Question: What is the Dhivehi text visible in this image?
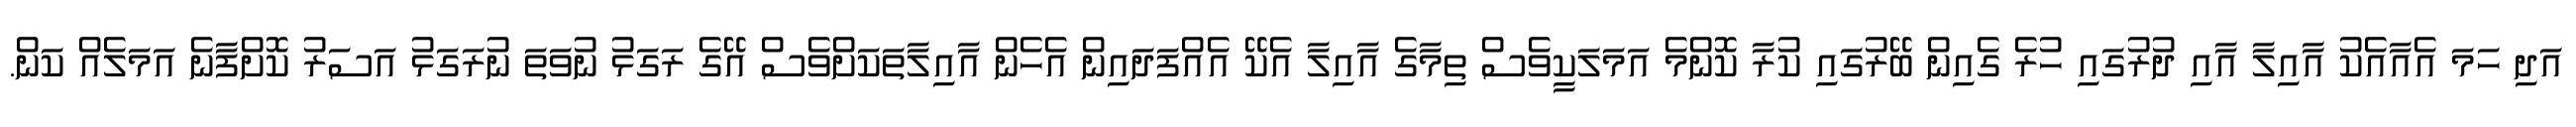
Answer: އަދި ހަމަ އެއާއެކު އާއިލާ އާއި ދުރުގައި ހުރެ ގެއިން ބޭރުގައި ކުރާ ކޮންމެ އަމަލަކީވެސް ތިމާގެ އާއިލާ އެކޭ އެއްފަދައިން އެހެން އާއިލާތަކަށްވެސް އޭގެ ރަގަޅު ނުވަތަ ނުރަގަޅު އަސަރު ކޮށްފާނެ އަމަލެއް ކަން.